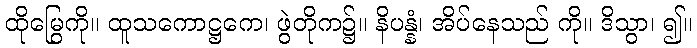
ထိုမြွေကို။ ထူသကောဋ္ဌကေ၊ ဖွဲတိုက၌။ နိပန္နံ၊ အိပ်နေသည် ကို။ ဒိသွာ၊ ၍။